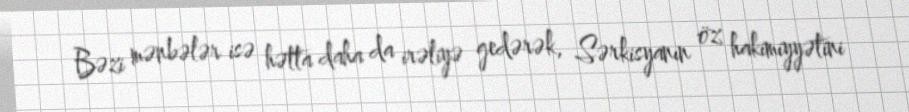
Bəzi mənbələr isə hətta daha da irəliyə gedərək, Sərkisyanın öz hakimiyyətini